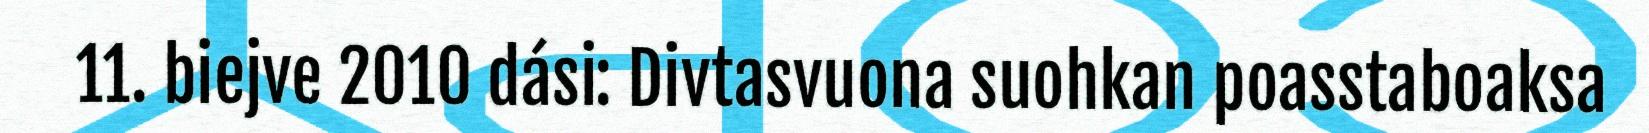
11. biejve 2010 dási: Divtasvuona suohkan poasstaboaksa